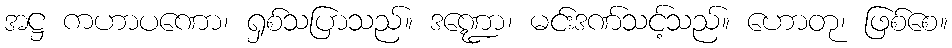
အဋ္ဌ ကဟာပဏော၊ ရှစ်သပြာသည်။ ဒဏ္ဍော၊ မင်းဒဏ်သင့်သည်။ ဟောတု၊ ဖြစ်စေ။